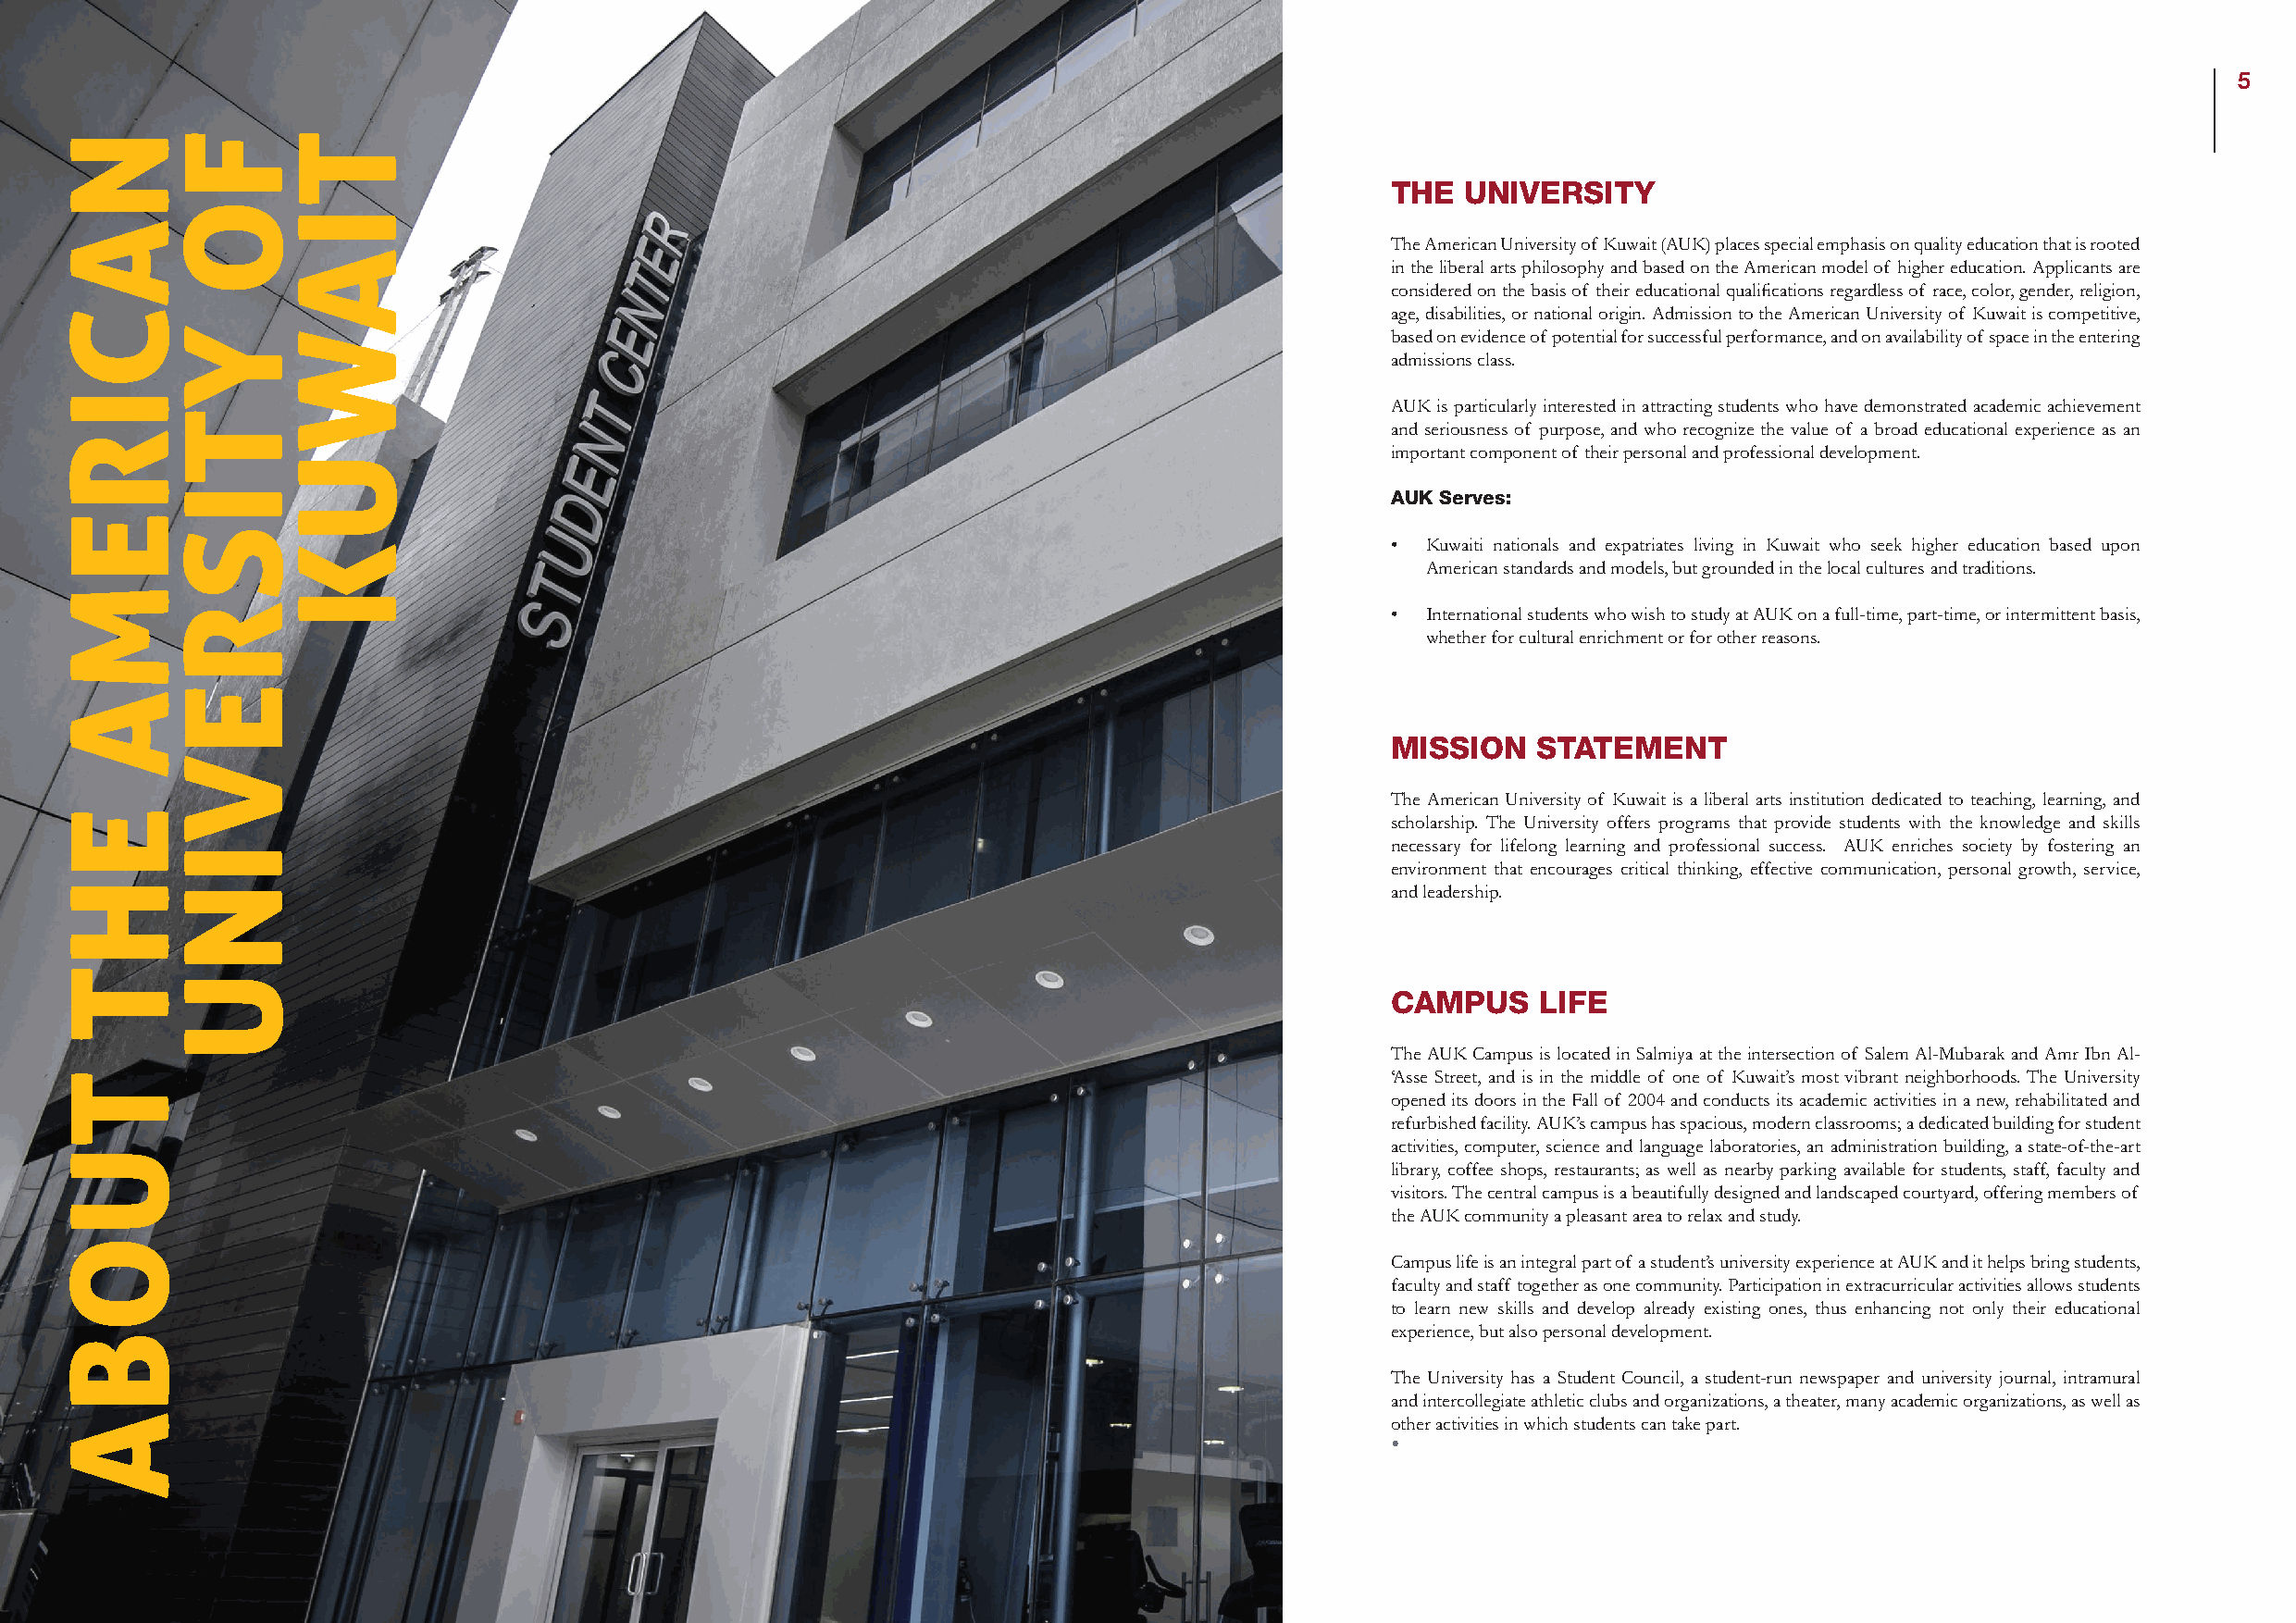
6                                                                                                                                                            5
 THE  UNIVERSITY
 The American University of Kuwait (AUK) places special emphasis on quality education that is rooted
 in the liberal arts philosophy and based on the American model of higher education. Applicants are
 considered on the basis of their educational qualifications regardless of race, color, gender, religion,
 age, disabilities, or national origin. Admission to the American University of Kuwait is competitive,
 based on evidence of potential for successful performance, and on availability of space in the entering
 admissions class.
 AUK is particularly interested in attracting students who have demonstrated academic achievement
 and seriousness of purpose, and who recognize the value of a broad educational experience as an
 important component of their personal and professional development.
 AUK Serves:
 • Kuwaiti nationals and expatriates living in Kuwait who seek higher education based upon
 American standards and models, but grounded in the local cultures and traditions.
 • International students who wish to study at AUK on a full-time, part-time, or intermittent basis,
 whether for cultural enrichment or for other reasons.
 MISSION   STATEMENT
 The American University of Kuwait is a liberal arts institution dedicated to teaching, learning, and
 scholarship. The University offers programs that provide students with the knowledge and skills
 necessary for lifelong learning and professional success. AUK enriches society by fostering an
 environment that encourages critical thinking, effective communication, personal growth, service,
 and leadership.
 CAMPUS    LIFE
 The AUK Campus is located in Salmiya at the intersection of Salem Al-Mubarak and Amr Ibn Al-
 ‘Asse Street, and is in the middle of one of Kuwait’s most vibrant neighborhoods. The University
 opened its doors in the Fall of 2004 and conducts its academic activities in a new, rehabilitated and
 refurbished facility. AUK’s campus has spacious, modern classrooms; a dedicated building for student
 activities, computer, science and language laboratories, an administration building, a state-of-the-art
 library, coffee shops, restaurants; as well as nearby parking available for students, staff, faculty and
 visitors. The central campus is a beautifully designed and landscaped courtyard, offering members of
 the AUK community a pleasant area to relax and study.
 Campus life is an integral part of a student’s university experience at AUK and it helps bring students,
 faculty and staff together as one community. Participation in extracurricular activities allows students
 to learn new skills and develop already existing ones, thus enhancing not only their educational
 experience, but also personal development.
 The University has a Student Council, a student-run newspaper and university journal, intramural
 and intercollegiate athletic clubs and organizations, a theater, many academic organizations, as well as
 other activities in which students can take part.
 •
 NACIREMA
 EHT
 TUOBA
 FO
 YTISREVINU
 TIAWUK